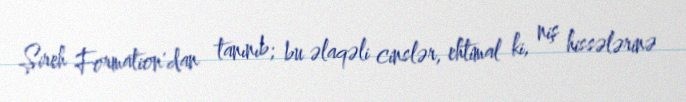
Şireh Formation'dan tanınıb; bu əlaqəli cinslər, ehtimal ki, niş hissələrinə